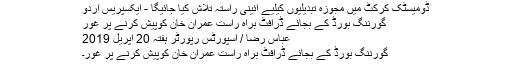
ڈومیسٹک کرکٹ میں مجوزہ تبدیلیوں کیلیے آئینی راستہ تلاش کیا جائیگا - ایکسپریس اردو
گورننگ بورڈ کے بجائے ڈرافٹ براہ راست عمران خان کوپیش کرنے پر غور
عباس رضا / اسپورٹس رپورٹر ہفتہ 20 اپريل 2019
گورننگ بورڈ کے بجائے ڈرافٹ براہ راست عمران خان کوپیش کرنے پر غور۔